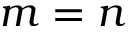
m = n